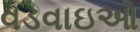
વડવાઇઓ